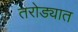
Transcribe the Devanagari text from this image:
तरोड्यात